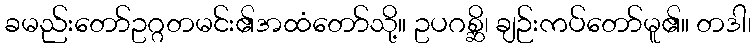
ခမည်းတော်ဥဂ္ဂတမင်း၏အထံတော်သို့။ ဥပဂစ္ဆိ၊ ချဉ်းကပ်တော်မူ၏။ တဒါ၊